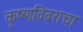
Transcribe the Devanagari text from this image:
कृष्णविवराचा